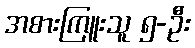
အစားကြူးသူ ၅-ဦး